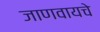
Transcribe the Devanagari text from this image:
जाणवायचे